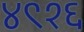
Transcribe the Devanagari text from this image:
४९१६